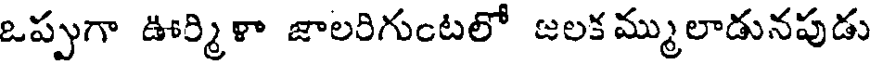
ఒప్పుగా ఊర్మిళా జాలరిగుంటలో జలక మ్ములాడునపుడు